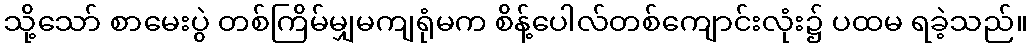
သို့သော် စာမေးပွဲ တစ်ကြိမ်မျှမကျရုံမက စိန့်ပေါလ်တစ်ကျောင်းလုံး၌ ပထမ ရခဲ့သည်။